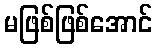
မဖြစ်ဖြစ်အောင်